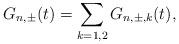
LaTeX: \begin{align*}G_{n,\pm}(t) = \sum_{k=1,2} G_{n,\pm,k}(t),\end{align*}